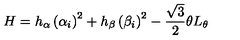
H = h _ { \alpha } \left( \alpha _ { i } \right) ^ { 2 } + h _ { \beta } \left( \beta _ { i } \right) ^ { 2 } - \frac { \sqrt 3 } { 2 } \theta L _ { \theta }